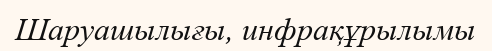
Шаруашылығы, инфрақұрылымы